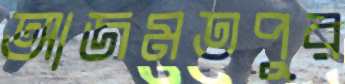
আজমতপুর